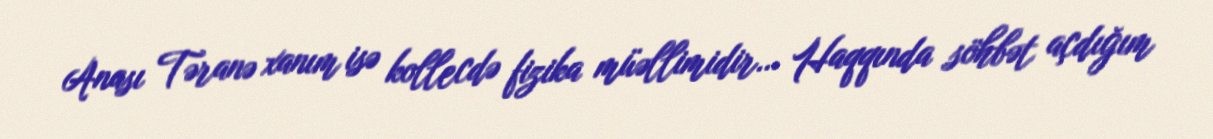
Anası Təranə xanım isə kollecdə fizika müəllimidir… Haqqında söhbət açdığım